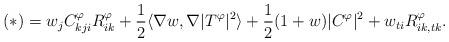
LaTeX: \begin{align*}(\ast) = w_jC^\varphi_{kji}R^\varphi_{ik} + \frac{1}{2} \langle \nabla w,\nabla |T^\varphi|^2 \rangle + \frac{1}{2}(1+w)|C^\varphi|^2 + w_{ti}R^\varphi_{ik,tk}.\end{align*}